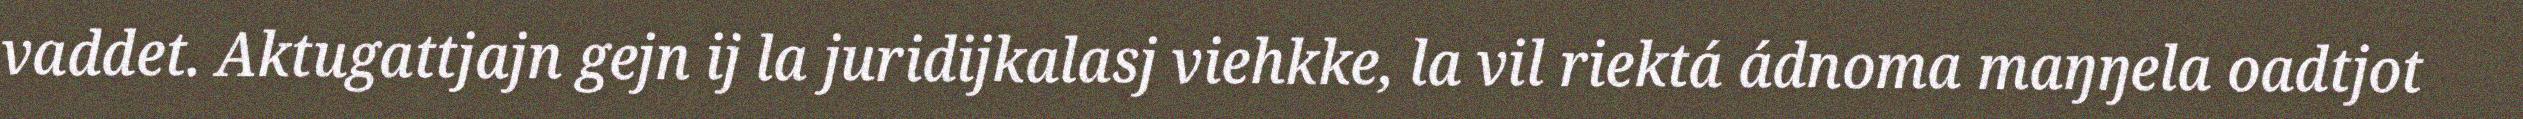
vaddet. Aktugattjajn gejn ij la juridijkalasj viehkke, la vil riektá ádnoma maŋŋela oadtjot